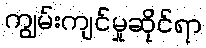
ကျွမ်းကျင်မှုဆိုင်ရာ